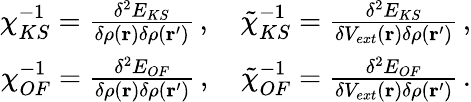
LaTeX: \begin{array}{r}{\chi_{KS}^{-1}=\frac{\delta^{2}E_{KS}}{\delta\rho(\mathbf{r})\delta\rho(\mathbf{r^{\prime}})}\, ,\quad\tilde{\chi}_{KS}^{-1}=\frac{\delta^{2}E_{KS}}{\delta V_{ext}(\mathbf{r})\delta\rho(\mathbf{r^{\prime}})}\, ,}\\ {\chi_{OF}^{-1}=\frac{\delta^{2}E_{OF}}{\delta\rho(\mathbf{r})\delta\rho(\mathbf{r^{\prime}})}\, ,\quad\tilde{\chi}_{OF}^{-1}=\frac{\delta^{2}E_{OF}}{\delta V_{ext}(\mathbf{r})\delta\rho(\mathbf{r^{\prime}})}\, .}\end{array}